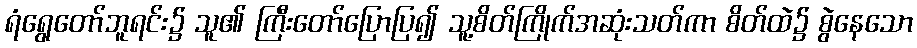
ရံရွေတော်ဘူရင်း၌ သူ၏ ကြီးတော်ပြောပြ၍ သူ့စိတ်ကြိုက်အဆုံးသတ်ကာ စိတ်ထဲ၌ စွဲနေသော